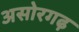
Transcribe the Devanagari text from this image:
असोरगढ़